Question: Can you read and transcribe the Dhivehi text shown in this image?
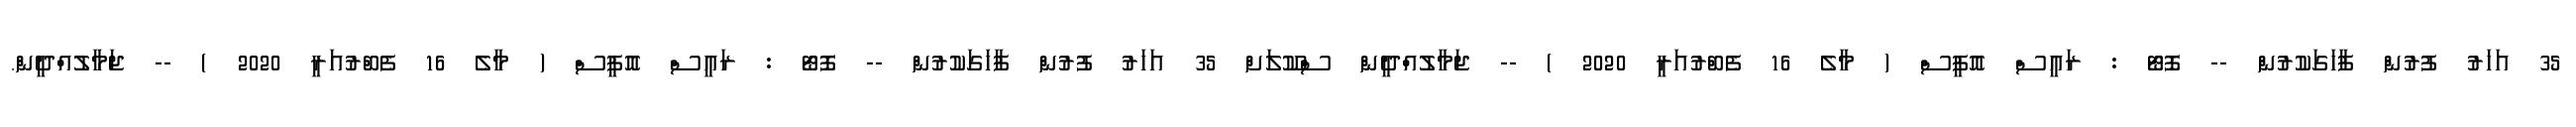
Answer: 35 އަހަރު ފުރުން ފާހަގަކުރުން -- ފޮޓޯ : ރައީސް އޮފީސް ( މާލެ 16 ފެބްރުއަރީ 2020 ) -- ޖަމާލުއްދީން ސްކޫލަށް 35 އަހަރު ފުރުން ފާހަގަކުރުން -- ފޮޓޯ : ރައީސް އޮފީސް ( މާލެ 16 ފެބްރުއަރީ 2020 ) -- ޖަމާލުއްދީން.